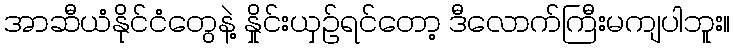
အာဆီယံနိုင်ငံတွေနဲ့ နှိုင်းယှဉ်ရင်တော့ ဒီလောက်ကြီးမကျပါဘူး။